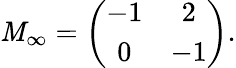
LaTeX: \mathit{M}_{\infty}=\left(\begin{array}{cc}{{-1}}&{{2}}\\ {{0}}&{{-1}}\end{array}\right).